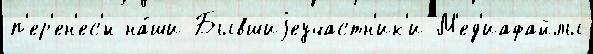
п'ер'ен'ес'́н на́ши Бывшиjеучастн'ик'и М'ед'иафайлы